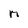
Character: M